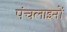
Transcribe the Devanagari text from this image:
पंचलाइनों